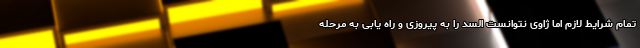
تمام شرایط لازم اما ژاوی نتوانست السد را به پیروزی و راه یابی به مرحله